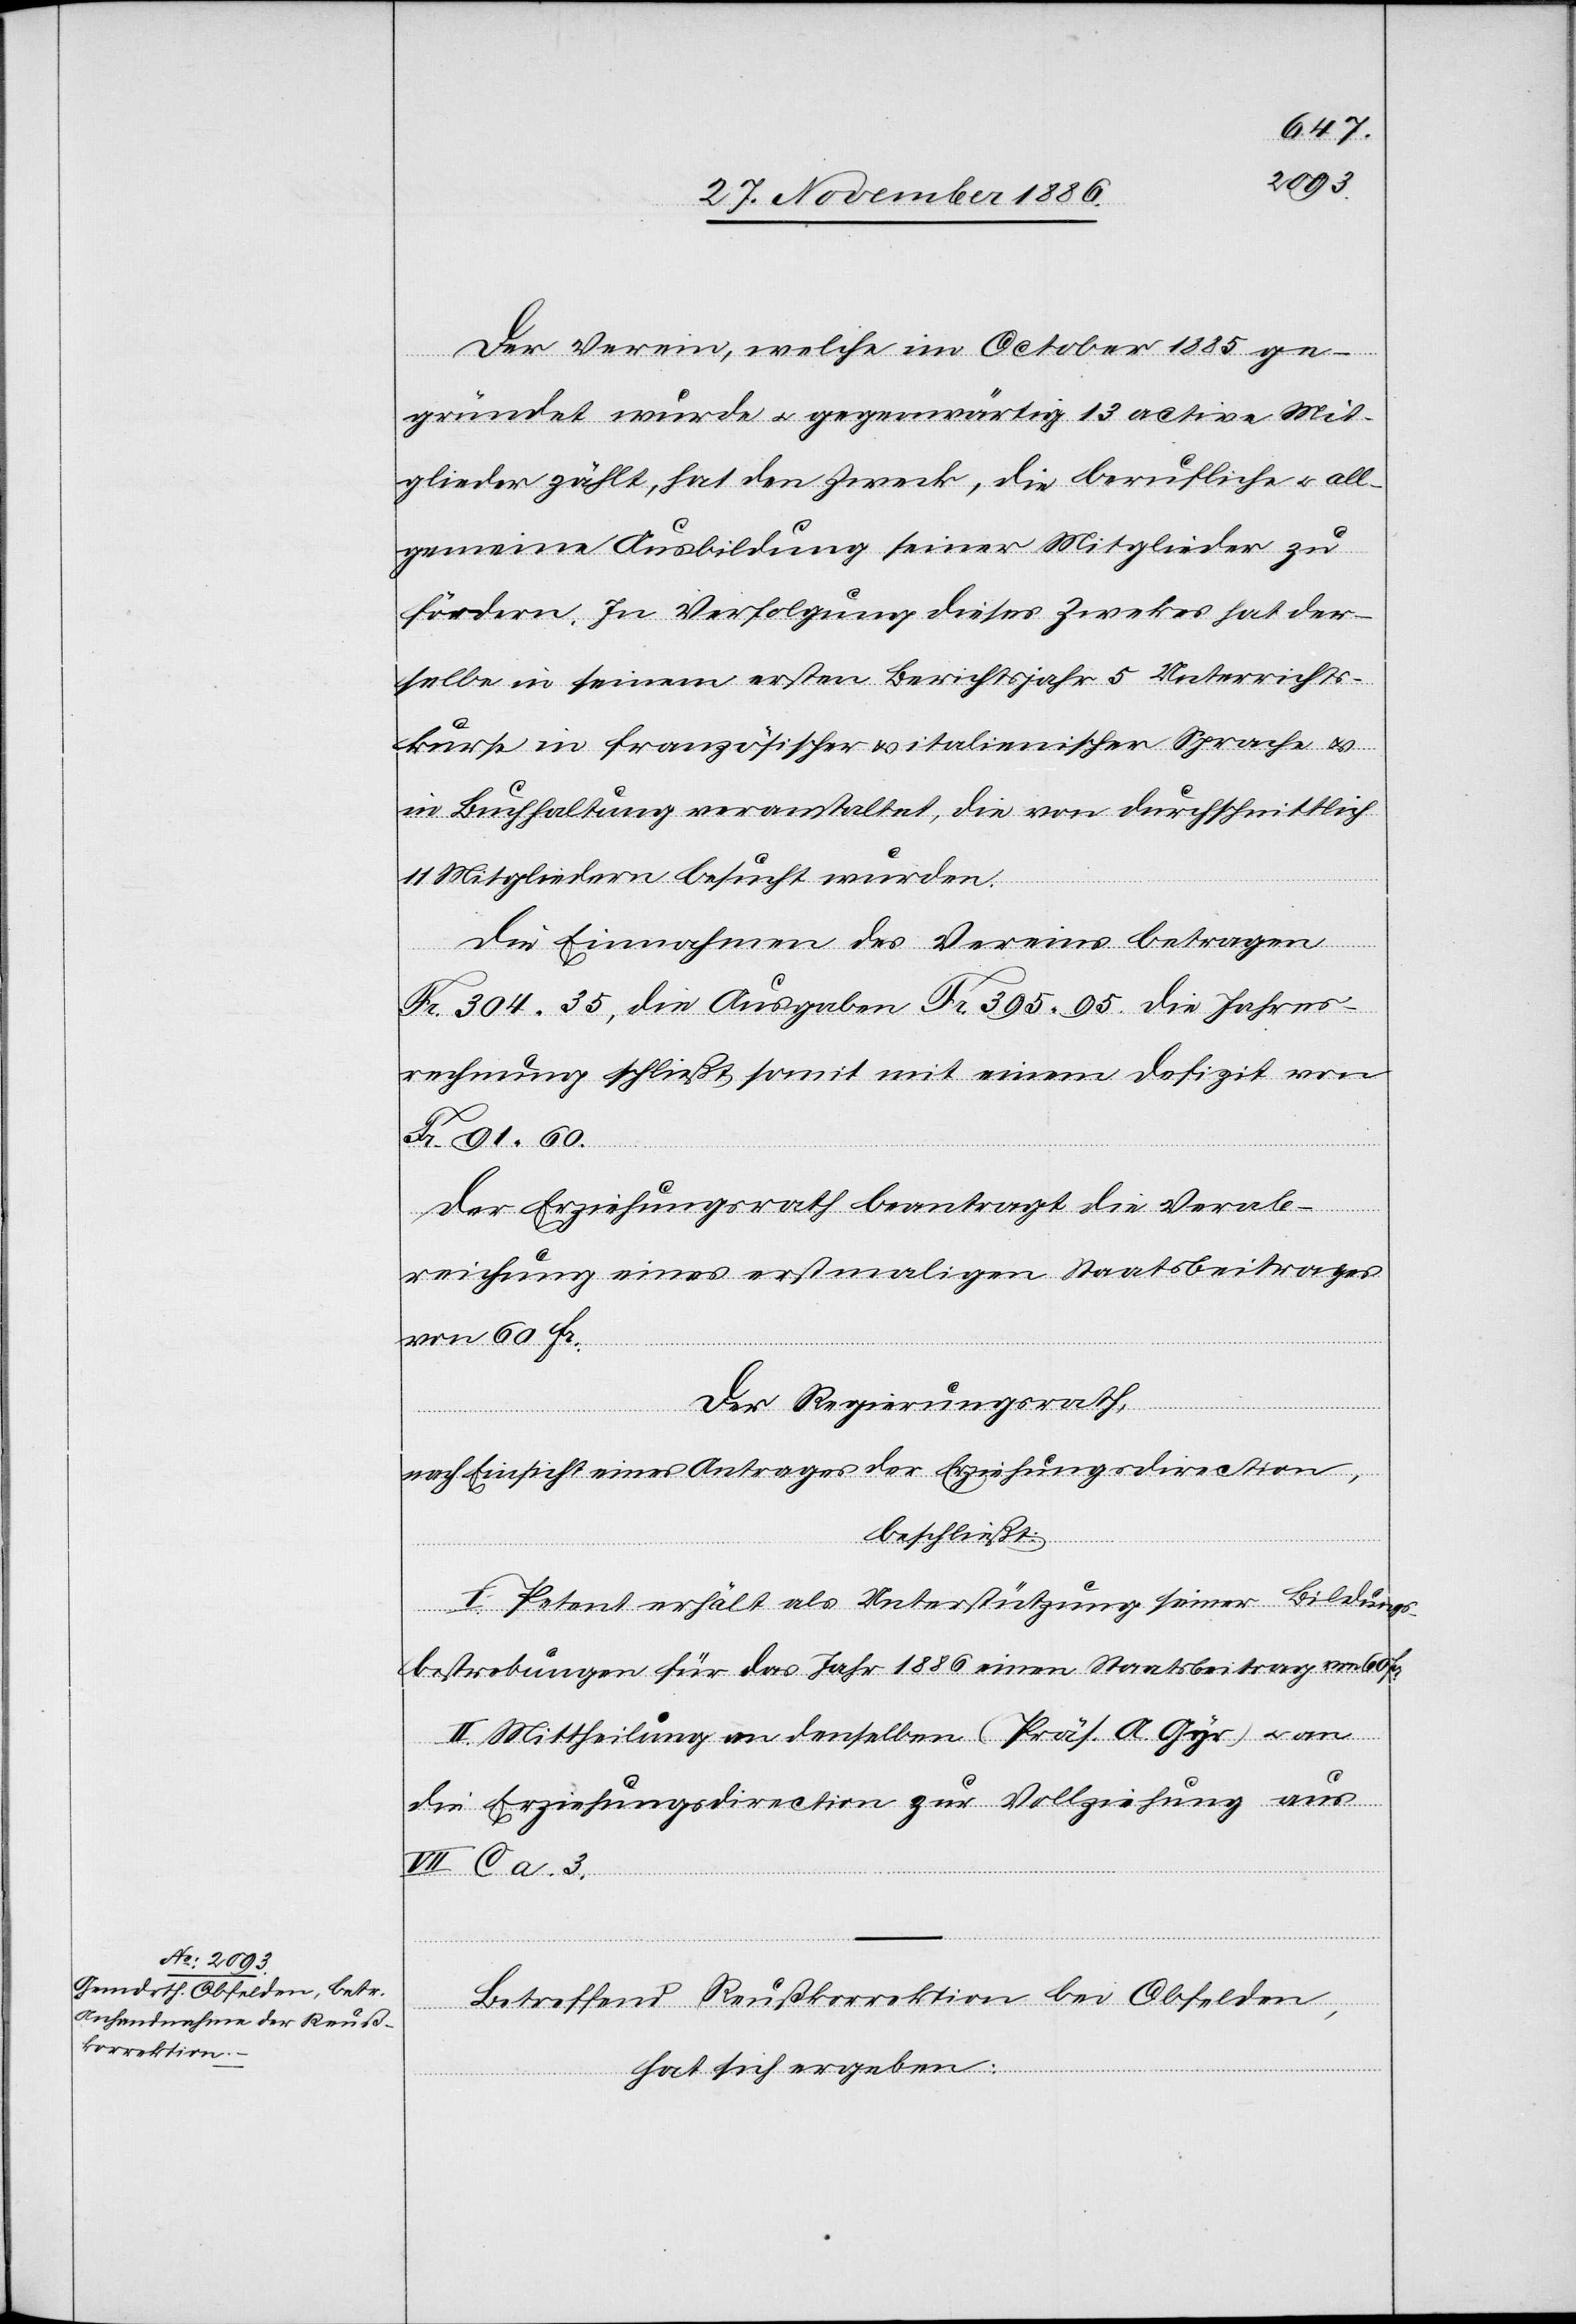
Der Verein, welche[r] im October 1885 ge¬
gründet wurde & gegenwärtig 13 active Mit¬
glieder zählt, hat den Zweck, die berufliche & all¬
gemeine Ausbildung seiner Mitglieder zu
fördern. In Verfolgung dieses Zwe[c]kes hat der¬
selbe in seinem ersten Berichtsjahr 5 Unterrichts¬
kurse in französischer & italienischer Sprache &
in Buchhaltung veranstaltet, die von durchschnittlich
11 Mitgliedern besucht wurden.
Die Einnahmen des Vereins betragen
Fr. 304 35, die Ausgaben Fr. 395 95. Die Jahres¬
rechnung schließt somit mit einem Defizit von
Fr. 91 60.
Der Erziehungsrath beantragt die Verab¬
reichung eines erstmaligen Staatsbeitrages
von 60 Fr.
Der Regierungsrath,
nach Einsicht eines Antrages der Erziehungsdirection,
beschließt:
I. Petent erhält als Unterstützung seiner Bildungs¬
bestrebungen für das Jahr 1886 einen Staatsbeitrag
II. Mittheilung an denselben (Präs. A. Gyr) & an
die Erziehungsdirection zur Vollziehung aus
VII. C a. 3.
Betreffend Reußkorrektion bei Obfelden,
hat sich ergeben: